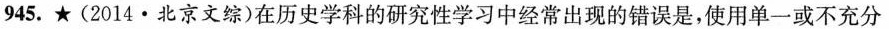
945. ★(2014 · 北京文综)在历史学科的研究性学习中经常出现的错误是，使用单一或不充分